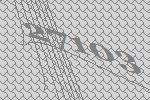
27103